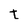
Character: t